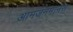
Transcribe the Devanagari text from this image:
आमजनमानस